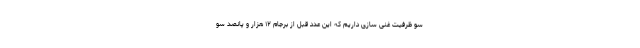
سو ظرفیت غنی سازی داریم که این عدد قبل از برجام ۱۲ هزار و پانصد سو